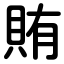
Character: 賄